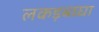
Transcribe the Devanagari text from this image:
लकड़बघ्घा